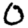
Digit: 0